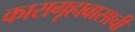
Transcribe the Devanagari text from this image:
कारागृहावासाची